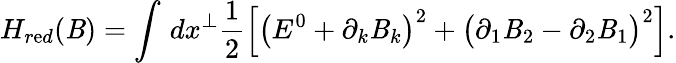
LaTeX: H_{r\mathrm{e}d}(\mathit{B})=\int\, dx^{\perp}\frac{{1}}{{2}}\Big[\big(E^{0}+\partial_{k}\mathit{B}_{k}\big)^{2}+\big(\partial_{1}\mathit{B}_{2}-\partial_{2}\mathit{B}_{1}\big)^{2}\Big].